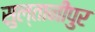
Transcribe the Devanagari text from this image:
सुल्तानीपुर